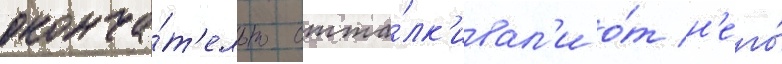
оконча́т'ельно отта́лк'ивал'и о́т н'его́